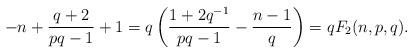
LaTeX: \begin{align*}-n+\frac{q+2}{pq-1}+1=q\left(\frac{1+2q^{-1}}{pq-1}-\frac{n-1}{q}\right)=qF_2(n,p,q).\end{align*}